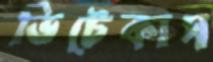
ভিটেকাস